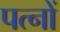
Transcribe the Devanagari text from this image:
पत्नों